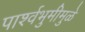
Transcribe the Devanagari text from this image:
पार्श्वभुमीमुळे